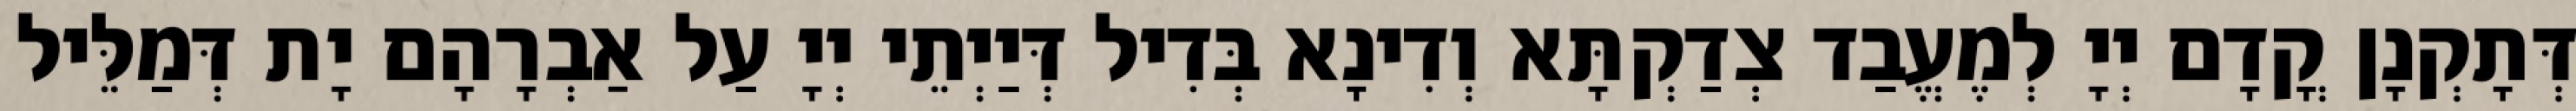
דְּתָקְנָן קֳדָם יְיָ לְמֶעֱבַד צְדַקְתָּא וְדִינָא בְּדִיל דְּיַיְתֵי יְיָ עַל אַבְרָהָם יָת דְּמַלֵּיל